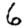
Digit: 6